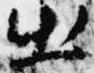
出